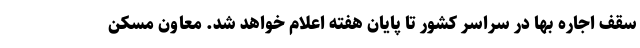
سقف اجاره بها در سراسر کشور تا پایان هفته اعلام خواهد شد. معاون مسکن